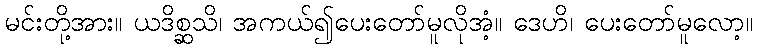
မင်းတို့အား။ ယဒိစ္ဆသိ၊ အကယ်၍ပေးတော်မူလိုအံ့။ ဒေဟိ၊ ပေးတော်မူလော့။